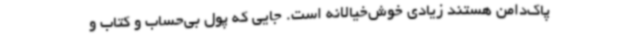
پاک‌دامن هستند زیادی خوش‌خیالانه است. جایی که پول بی‌حساب و کتاب و